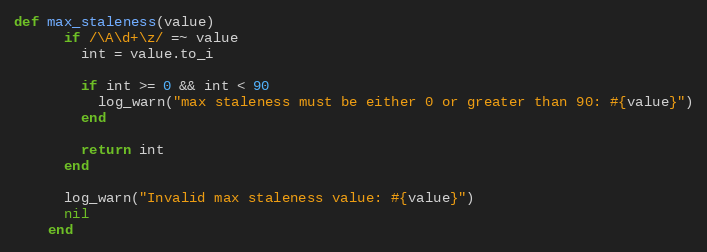
Language: Ruby
def max_staleness(value)
      if /\A\d+\z/ =~ value
        int = value.to_i

        if int >= 0 && int < 90
          log_warn("max staleness must be either 0 or greater than 90: #{value}")
        end

        return int
      end

      log_warn("Invalid max staleness value: #{value}")
      nil
    end